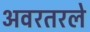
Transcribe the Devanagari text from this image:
अवरतरले